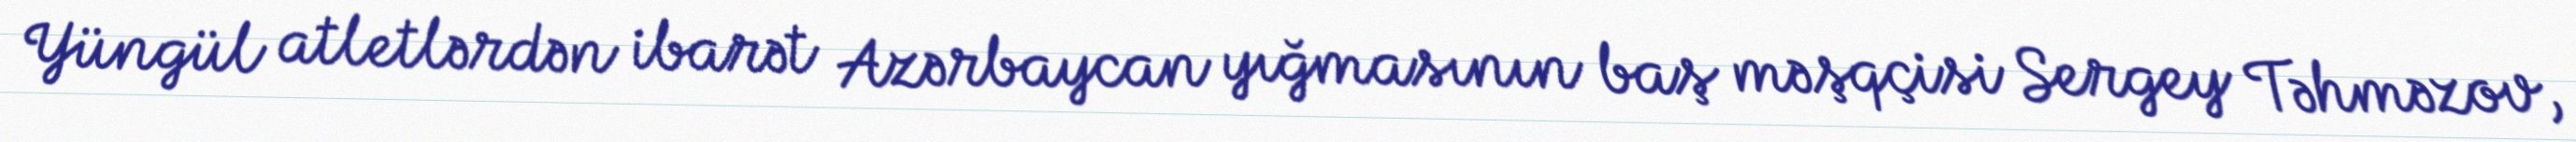
Yüngül atletlərdən ibarət Azərbaycan yığmasının baş məşqçisi Sergey Təhməzov,